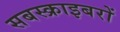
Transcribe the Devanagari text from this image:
सबस्क्राइबरों